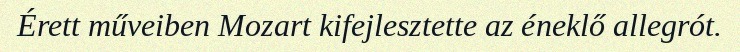
Érett műveiben Mozart kifejlesztette az éneklő allegrót.